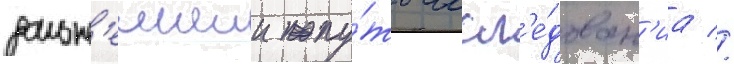
дальн'еишии пу́ть иссл'е́дован'иа //